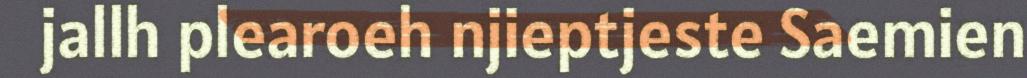
jallh plearoeh njieptjeste Saemien